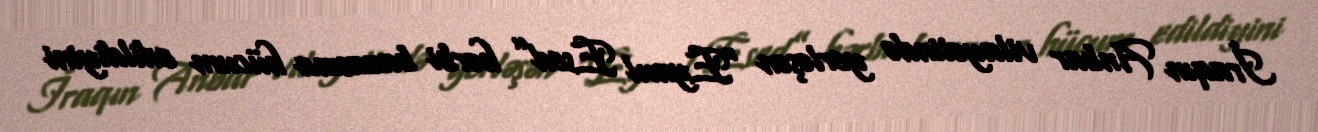
İraqın Anbar vilayətində yerləşən “Eynul Esed” hərbi bazasına hücum edildiyini